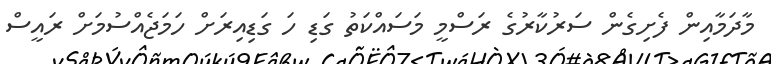
މާދަމާއިން ފެށިގެން ސަރުކާރުގެ ރަސްމީ މަސައްކަތު ގަޑި ހަ ގަޑިއިރަށް ހަމަޖެއްސުމަށް ރައީސް